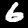
Digit: 6